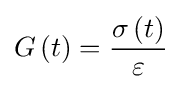
G\left(t\right)={\frac {\sigma \left(t\right)}{\varepsilon }}